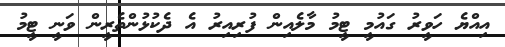
އިއްޔެ ހަވީރު ގައުމީ ޓީމު މާލެއިން ފުރިއިރު އެ ދެކުޅުންތެރީން ވަނީ ޓީމު